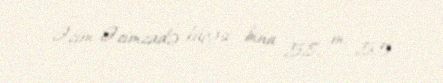
Əzim Əzimzadə küçəsi, bina 58, m. 55